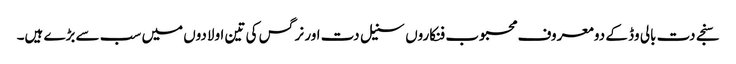
سنجے دت بالی وڈ کے دو معروف محبوب فنکاروں سنیل دت اور نرگس کی تین اولادوں میں سب سے بڑے ہیں۔